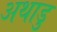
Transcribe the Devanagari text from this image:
अथाडु